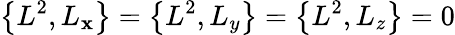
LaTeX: \left\{ L^{2},L_{\mathbf{x}}\right\} =\left\{ L^{2},L_{y}\right\} =\left\{ L^{2},L_{z}\right\} =0